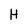
Character: H